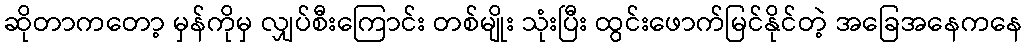
ဆိုတာကတော့ မှန်ကိုမှ လျှပ်စီးကြောင်း တစ်မျိုး သုံးပြီး ထွင်းဖောက်မြင်နိုင်တဲ့ အခြေအနေကနေ